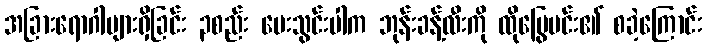
အခြားရောဂါများရှိခြင်း ၃စည်း ပေးသွင်းပါက ဘုန်းခန့်လီးကို ထိုမြွေမင်း၏ စခဲ့ကြောင်း